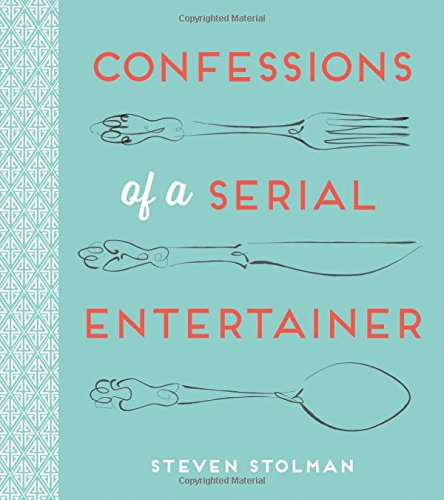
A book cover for Confessions of A Serial Entertainer; Steven Stolman; Cookbooks, Food & Wine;